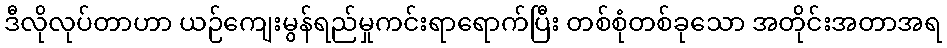
ဒီလိုလုပ်တာဟာ ယဉ်ကျေးမွန်ရည်မှုကင်းရာရောက်ပြီး တစ်စုံတစ်ခုသော အတိုင်းအတာအရ